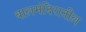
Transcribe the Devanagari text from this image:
बालमंदिरातील